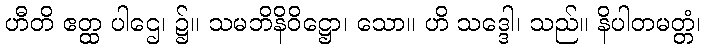
ဟီတိ ဧတ္ထ ပါဌေ၊ ၌။ သမဘိနိဝိဋ္ဌော၊ သော။ ဟိ သဒ္ဒေါ၊ သည်။ နိပါတမတ္တံ၊